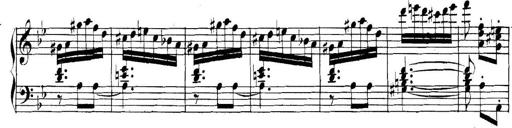
Title: Collected Piano Sonatas
Composer: Muzio Clementi